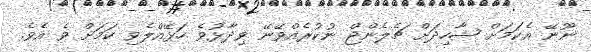
ނޫނޭ އެކަމަށް ޝާހިދަށް ޗެލެންޖް ނުކުރެއްވޭނޭ ވިދާޅުވެ ހަޅޭއްލެވި ކަމަށް ވެ އެވެ.